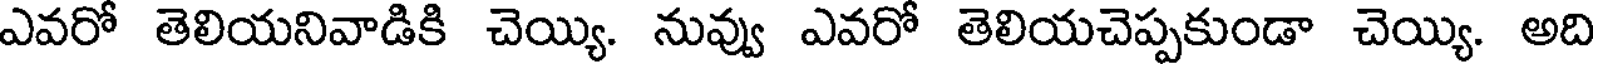
ఎవరో తెలియనివాడికి చెయ్యి. నువ్వు ఎవరో తెలియచెప్పకుండా చెయ్యి. అది